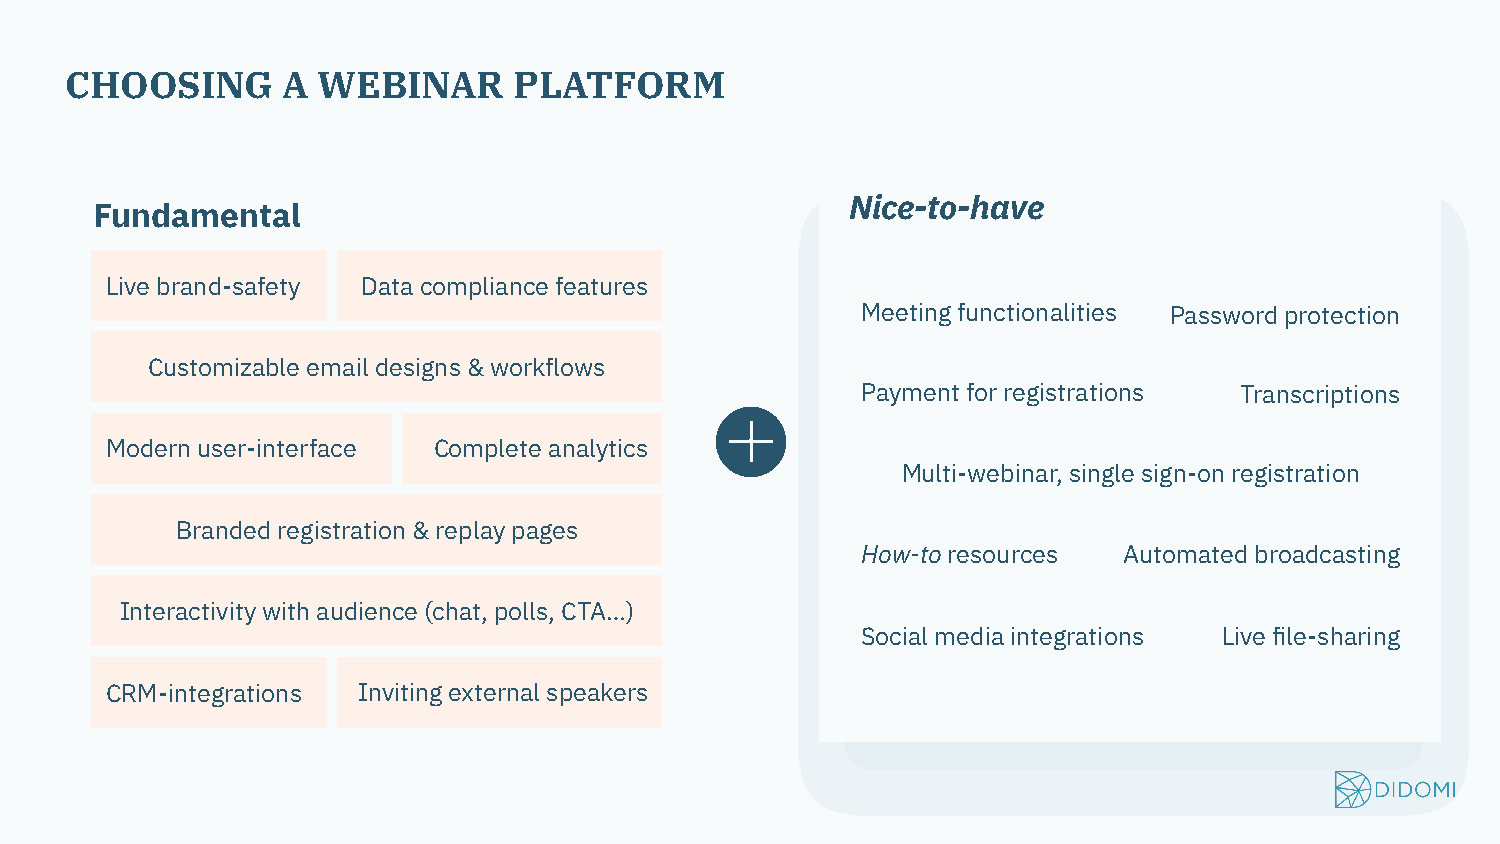
CHOOSING       A WEBINAR      PLATFORM
 Nice-to-have
 Fundamental
 Live brand-safety Data compliance features
 Meeting functionalities Password protection
 Customizable email designs & workflows
 Payment for registrations Transcriptions
 Modern user-interface Complete analytics
 Multi-webinar, single sign-on registration
 Branded registration & replay pages
 How-to resources Automated broadcasting
 Interactivity with audience (chat, polls, CTA…)
 Social media integrations Live file-sharing
 CRM-integrations Inviting external speakers